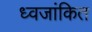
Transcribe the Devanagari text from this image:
ध्वजांकित